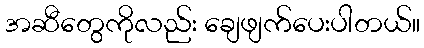
အဆီတွေကိုလည်း ချေဖျက်ပေးပါတယ်။